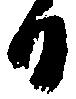
日